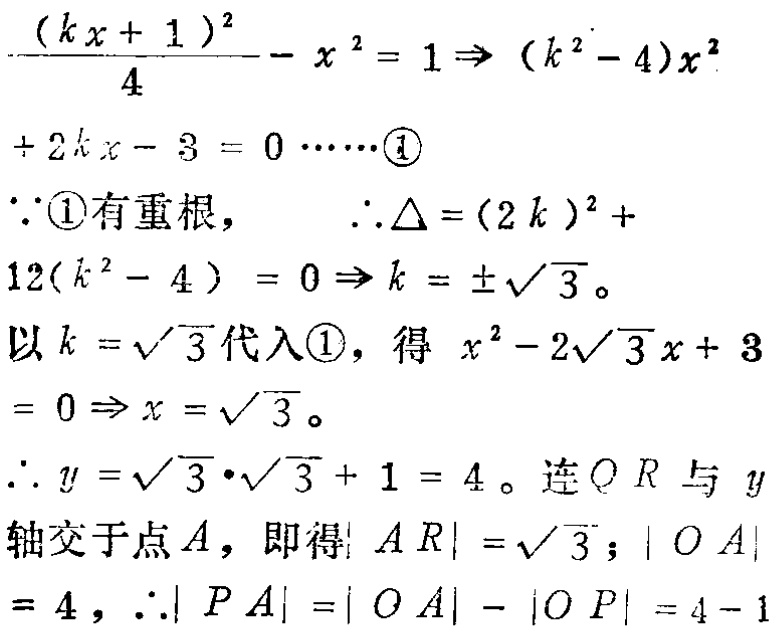
\[\frac{(kx + 1)^2}{4}-x^2 = 1\Rightarrow(k^2 - 4)x^2+2kx - 3 = 0\cdots\cdots\textcircled{1}\]
\[\because\textcircled{1}\text{有重根，}\therefore\Delta=(2k)^2 + 12(k^2 - 4)=0\Rightarrow k=\pm\sqrt{3}。\]
\[以k = \sqrt{3}代入\textcircled{1}，得x^2-2\sqrt{3}x + 3=0\Rightarrow x=\sqrt{3}。\]
\[\therefore y=\sqrt{3}\cdot\sqrt{3}+1 = 4。连QR与y轴交于点A，即得|AR|=\sqrt{3}；|OA| = 4，\therefore|PA|=|OA|-|OP|=4 - 1\]